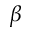
\beta